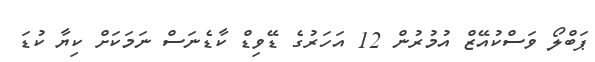
ޕަބްލޯ ވަސްކުއޭޒް އުމުރުން 12 އަހަރުގެ ޑޭވިޑް ކާޑެނަސް ނަމަކަށް ކިޔާ ކުޑަ